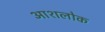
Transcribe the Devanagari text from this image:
आशलोक